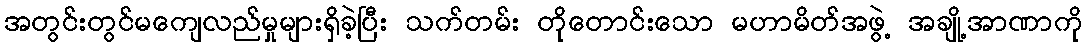
အတွင်းတွင်မကျေလည်မှုများရှိခဲ့ပြီး သက်တမ်း တိုတောင်းသော မဟာမိတ်အဖွဲ့ အချို့အာဏာကို